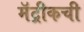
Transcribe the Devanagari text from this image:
मॅट्रीकची